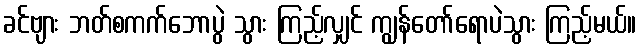
ခင်ဗျား ဘတ်စကက်ဘောပွဲ သွား ကြည့်လျှင် ကျွန်တော်ရောပဲသွား ကြည့်မယ်။